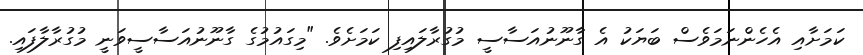
ކަމަށާއި އެހެންނަމަވެސް ބަޔަކު އެ ގާނޫނުއަސާސީ މުގުރާލައިފި ކަމަށެވެ. "މިގައުމުގެ ގާނޫނުއަސާސީވަނީ މުގުރާލާފައި.